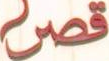
قصر